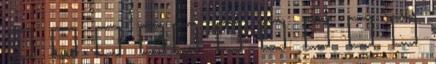
T E L SZ E R Z Ő D